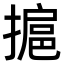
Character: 㨭